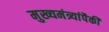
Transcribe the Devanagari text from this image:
मुख्यमंत्र्यांपैकी